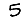
Digit: 5